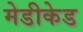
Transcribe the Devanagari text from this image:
मेडीकेड